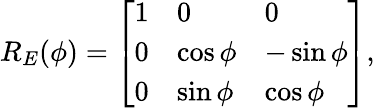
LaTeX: R_{E}(\phi)=\left[\begin{array}{lll}{1}&{0}&{0}\\ {0}&{\cos\phi}&{-\sin\phi}\\ {0}&{\sin\phi}&{\cos\phi}\end{array}\right],